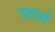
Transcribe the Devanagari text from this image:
उठवाँ